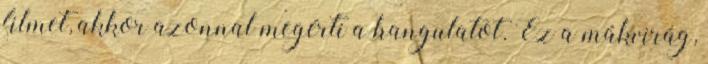
filmet, akkor azonnal megérti a hangulatot. Ez a mákvirág,